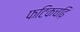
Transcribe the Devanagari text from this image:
फटिकचढ़ि